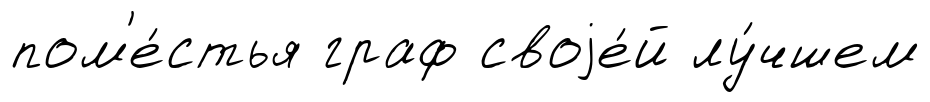
пом'е́стья граф своjе́й лу́чшем